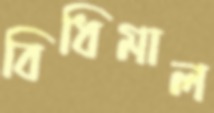
বিধিমাল